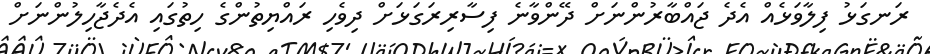
ރަނގަޅު ފިލާވަޅެއް އެދެ ޖައްބާރުންނަށް ދޭންވާނެ ފިސާރިރަގަޅަށް ދިވެހި ރައްޔިތުންގެ ހިތުގައި އެދެޖާހިލުންނަށް